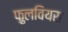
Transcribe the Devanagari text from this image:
फ़ुलवियस